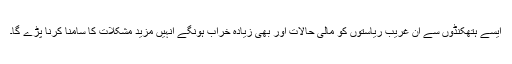
ایسے ہتھکنڈوں سے ان غریب ریاستوں کو مالی حالات اور بھی زیادہ خراب ہونگے انہیں مزید مشکلات کا سامنا کرنا پڑے گا۔